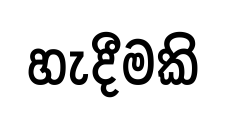
හැදීමකි